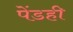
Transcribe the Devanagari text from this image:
पेंडही